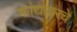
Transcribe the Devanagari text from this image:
फांद्यावरचे